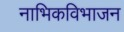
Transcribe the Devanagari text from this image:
नाभिकविभाजन